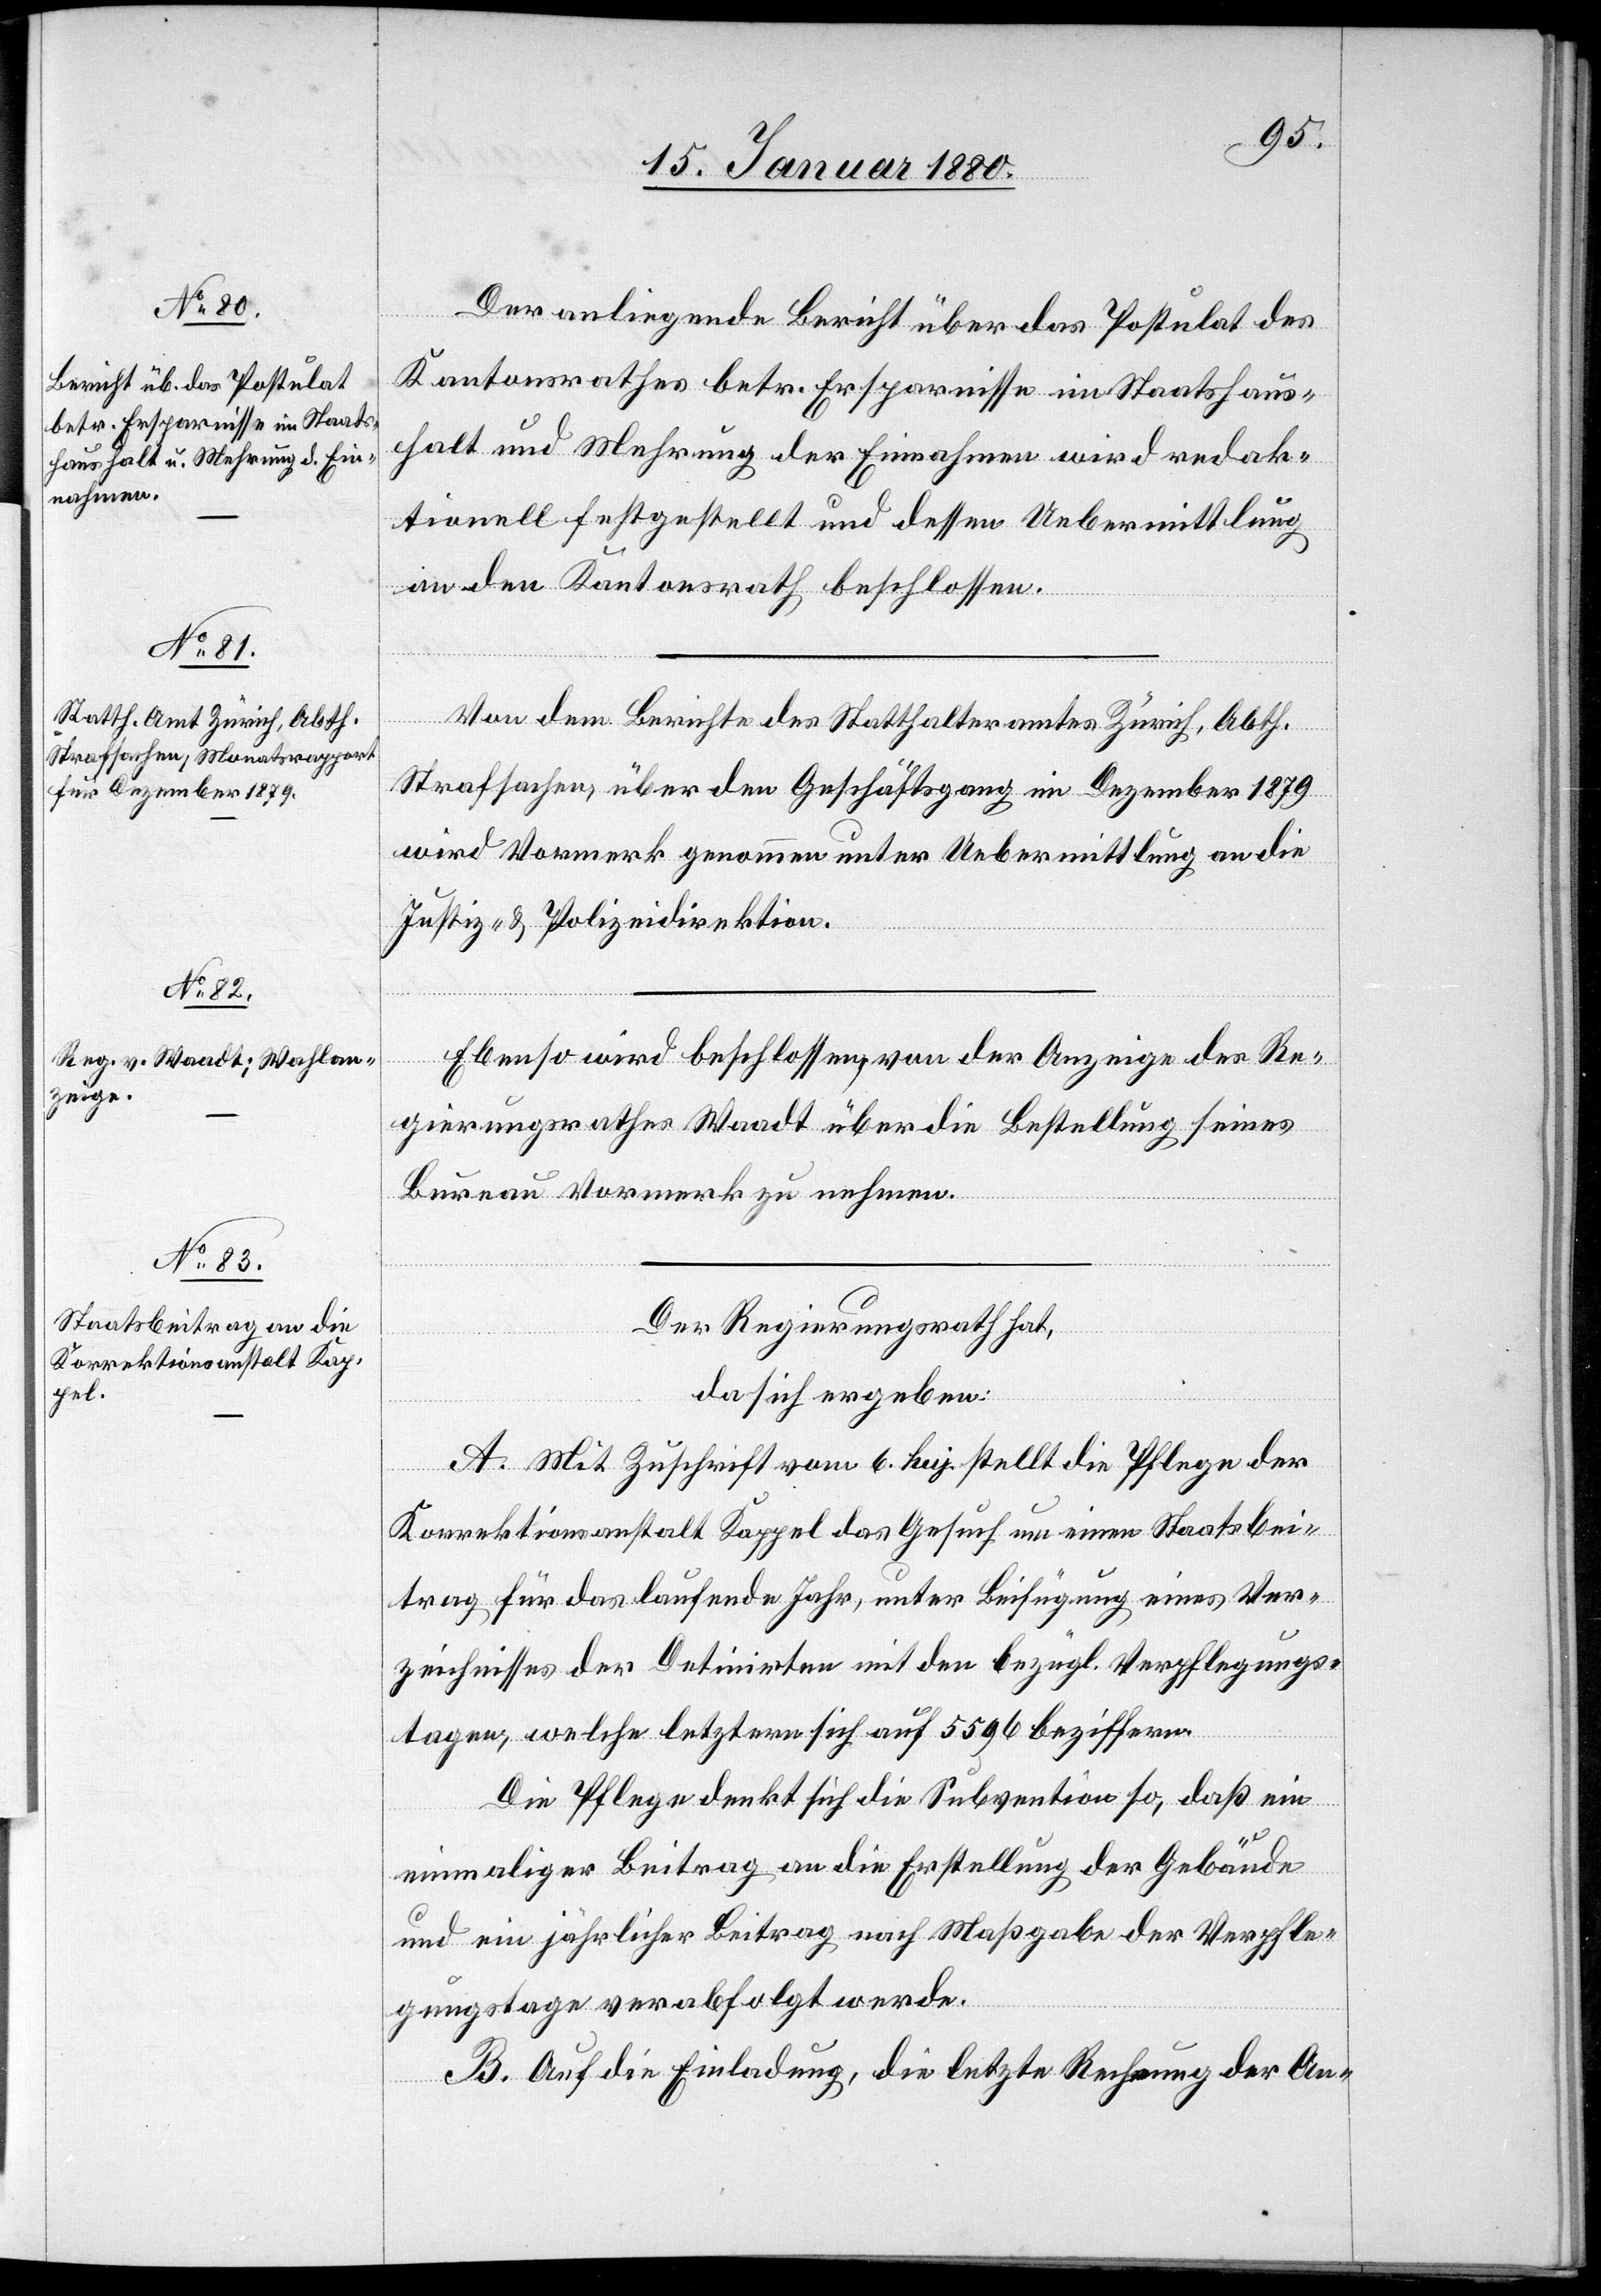
[Fortse¬
Der anliegende Bericht über das Postulat des
Kantonsrathes betr. Ersparnisse im Staatshaus¬
halt und Mehrung der Einnahmen wird redak¬
tionell festgestellt und dessen Uebermittlung
in den Kantonsrath beschlossen.
Von dem Berichte des Statthalteramtes Zürich, Abth.
tzung
Strafsachen, über den Geschäftsgang im Dezember 1879,
wird Vormerk genommen unter Uebermittlung an die
Justiz- & Polizeidirektion.
Ebenso wird beschlossen, von der Anzeige des Re¬
gierungsrathes Waadt über die Bestellung seines
Bureau Vormerk zu nehmen.
Der Regierungsrath hat,
da sich ergeben:
A. Mit Zuschrift vom 6. huj. stellt die Pflege der
Korrektionsanstalt Kappel das Gesuch um einen Staatsbei¬
trag für das laufende Jahr, unter Beifügung eines Ver¬
zeichnisses der Detinirten mit den bezügl. Verpflegungs¬
tagen, welche letztere sich auf 5596 beziffern.
Die Pflege denkt sich die Subvention so, daß ein
einmaliger Beitrag an die Erstellung der Gebäude
und ein jährlicher Beitrag nach Maßgabe der Verpfle¬
gungstage verabfolgt werde.
B. Auf die Einladung, die letzte Rechnung der An-